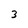
Character: 3